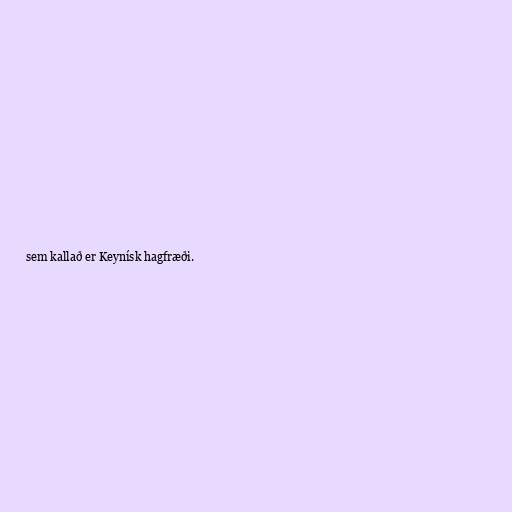
sem kallað er Keynísk hagfræði.